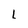
Character: L